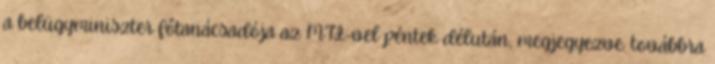
a belügyminiszter főtanácsadója az MTI-vel péntek délután, megjegyezve: továbbra